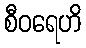
စီဝရေဟိ